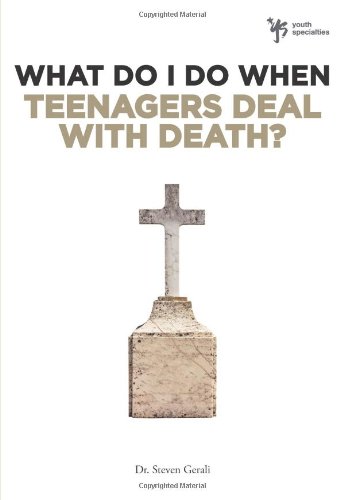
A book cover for What Do I Do When Teenagers Deal with Death?; Steven Gerali; Christian Books & Bibles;